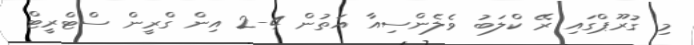
މި ގުރޫޕްގައި ރޭ ކްލަބު ވެލެންސިއާ އަތުން 4-2 އިން ގްރީން ސްޓްރީޓް